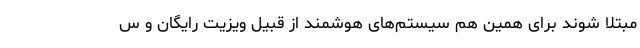
مبتلا شوند برای همین هم سیستم‌های هوشمند از قبیل ویزیت رایگان و س